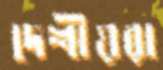
দেশীয়রা